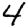
Digit: 4